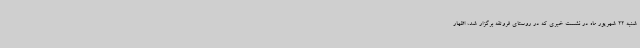
شنبه 22 شهریور ماه در نشست خبری که در روستای فروتقه برگزار شد، اظهار